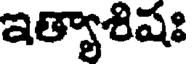
ఇత్యాశిషః